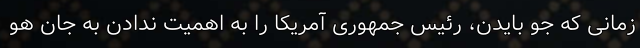
زمانی که جو بایدن، رئیس جمهوری آمریکا را به اهمیت ندادن به جان هو